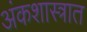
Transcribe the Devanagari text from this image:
अंकशास्त्रात